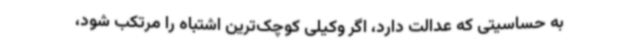
به حساسیتی که عدالت دارد، اگر وکیلی کوچک‌ترین اشتباه را مرتکب شود،